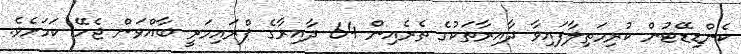
ކެންޑިޑޭޓުން ކުރިމަތިލާފައިވާ ދާއިރާތަކުގެ ތެރެއިން 64 ދާއިރާގެ ޕްރައިމަރީ ބާއްވަން ޖެހޭ ކަމަށެވެ.